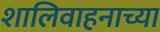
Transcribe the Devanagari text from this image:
शालिवाहनाच्या